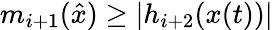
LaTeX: m_{i+1}({\hat{x}})\geq|h_{i+2}(x(t))|